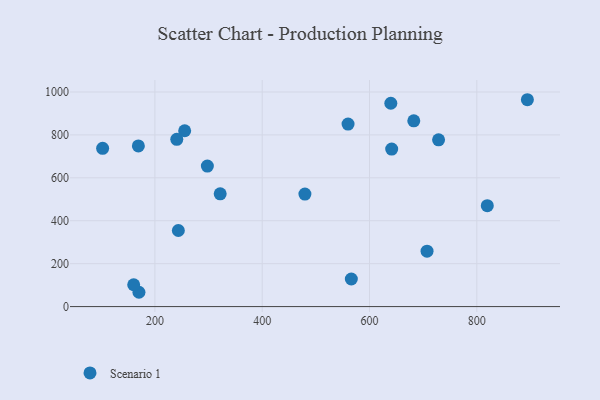
{"axis": {"x": "Ad Spend", "y": "Rating"}, "legend": ["Scenario 1"], "data": [{"x": "639.7", "y": 947.4, "type": "Scenario 1"}, {"x": "641.3", "y": 734.1, "type": "Scenario 1"}, {"x": "728.7", "y": 777.1, "type": "Scenario 1"}, {"x": "682.5", "y": 865.8, "type": "Scenario 1"}, {"x": "566.1", "y": 128.6, "type": "Scenario 1"}, {"x": "819.5", "y": 470.2, "type": "Scenario 1"}, {"x": "297.8", "y": 654.6, "type": "Scenario 1"}, {"x": "255.5", "y": 819.3, "type": "Scenario 1"}, {"x": "169.2", "y": 748.5, "type": "Scenario 1"}, {"x": "240.8", "y": 779.6, "type": "Scenario 1"}, {"x": "479.6", "y": 524.4, "type": "Scenario 1"}, {"x": "170.3", "y": 66.7, "type": "Scenario 1"}, {"x": "707.2", "y": 258.2, "type": "Scenario 1"}, {"x": "243.7", "y": 354.6, "type": "Scenario 1"}, {"x": "321.7", "y": 525.3, "type": "Scenario 1"}, {"x": "894.2", "y": 963.9, "type": "Scenario 1"}, {"x": "102.6", "y": 737.4, "type": "Scenario 1"}, {"x": "560.0", "y": 850.6, "type": "Scenario 1"}, {"x": "160.5", "y": 101.7, "type": "Scenario 1"}]}